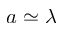
a \simeq \lambda